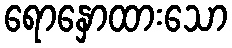
ရောနှောထားသော